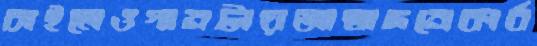
চাইলেওগানটায়আস্বাদনেকার্ব